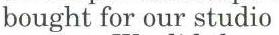
bought for our studio